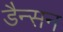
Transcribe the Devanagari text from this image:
डैन्सन